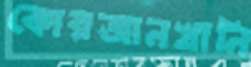
কোরআনখানি